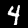
Label: 4